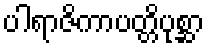
ပါရာဇိကာပတ္တိပုစ္ဆာ